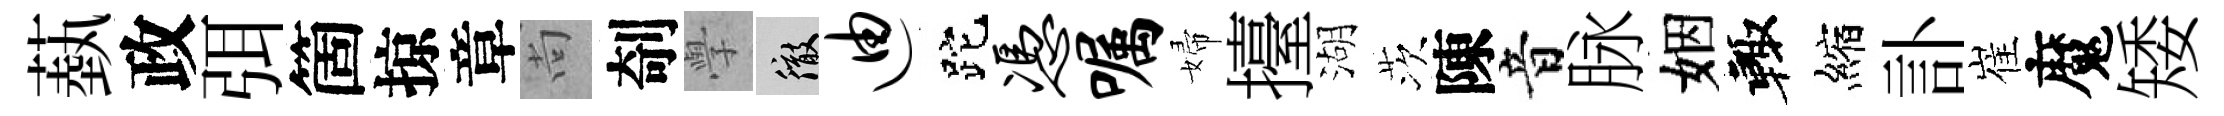
蓺政弭箇掠章尚剞𭓕徹迪跎凭嘱婦擡湖茨陳音脉姻輙縮訃崔魔矮